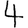
Digit: 4